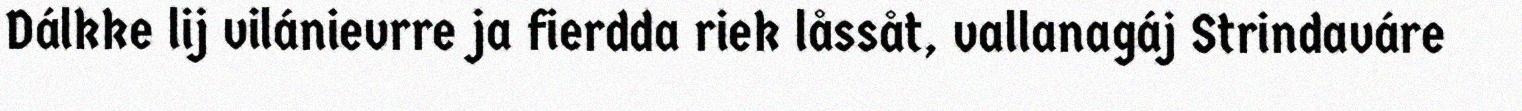
Dálkke lij vilánievrre ja fierdda riek låssåt, vallanagáj Strindaváre